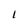
Character: I